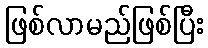
ဖြစ်လာမည်ဖြစ်ပြီး